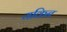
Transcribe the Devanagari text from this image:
यकिन